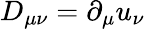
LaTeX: D_{\mu\nu}=\partial_{\mu}u_{\nu}